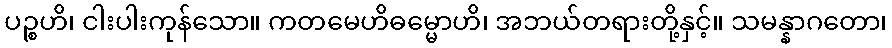
ပဉ္စဟိ၊ ငါးပါးကုန်သော။ ကတမေဟိဓမ္မောဟိ၊ အဘယ်တရားတို့နှင့်။ သမန္နာဂတော၊